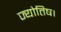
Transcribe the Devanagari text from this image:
ज्‍योतिष।